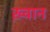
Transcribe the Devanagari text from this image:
ख़्वान